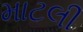
માટલી